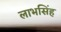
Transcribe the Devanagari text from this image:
लाभसिंह